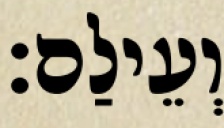
וְעֵילַם׃